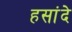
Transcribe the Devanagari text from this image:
हसांदे